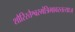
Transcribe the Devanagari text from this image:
शौरिरत्तैश्वरमंत्रिभावस्तत्याज